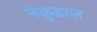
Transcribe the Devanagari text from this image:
नेक़ुइत्ज़